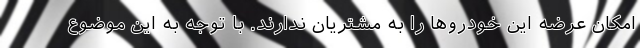
امکان عرضه این خودروها را به مشتریان ندارند. با توجه به این موضوع